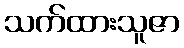
သက်ထားသူဇာ